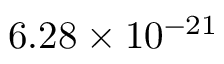
6 . 2 8 \times 1 0 ^ { - 2 1 }